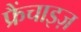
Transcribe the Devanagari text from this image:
फ्रैंचाइज़